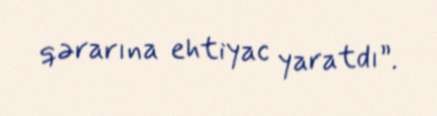
qərarına ehtiyac yaratdı”.